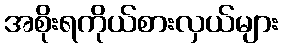
အစိုးရကိုယ်စားလှယ်များ